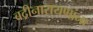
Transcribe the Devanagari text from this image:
बद्रीनारायणांना